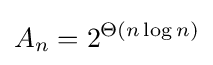
A_{n}=2^{\Theta (n\log n)}